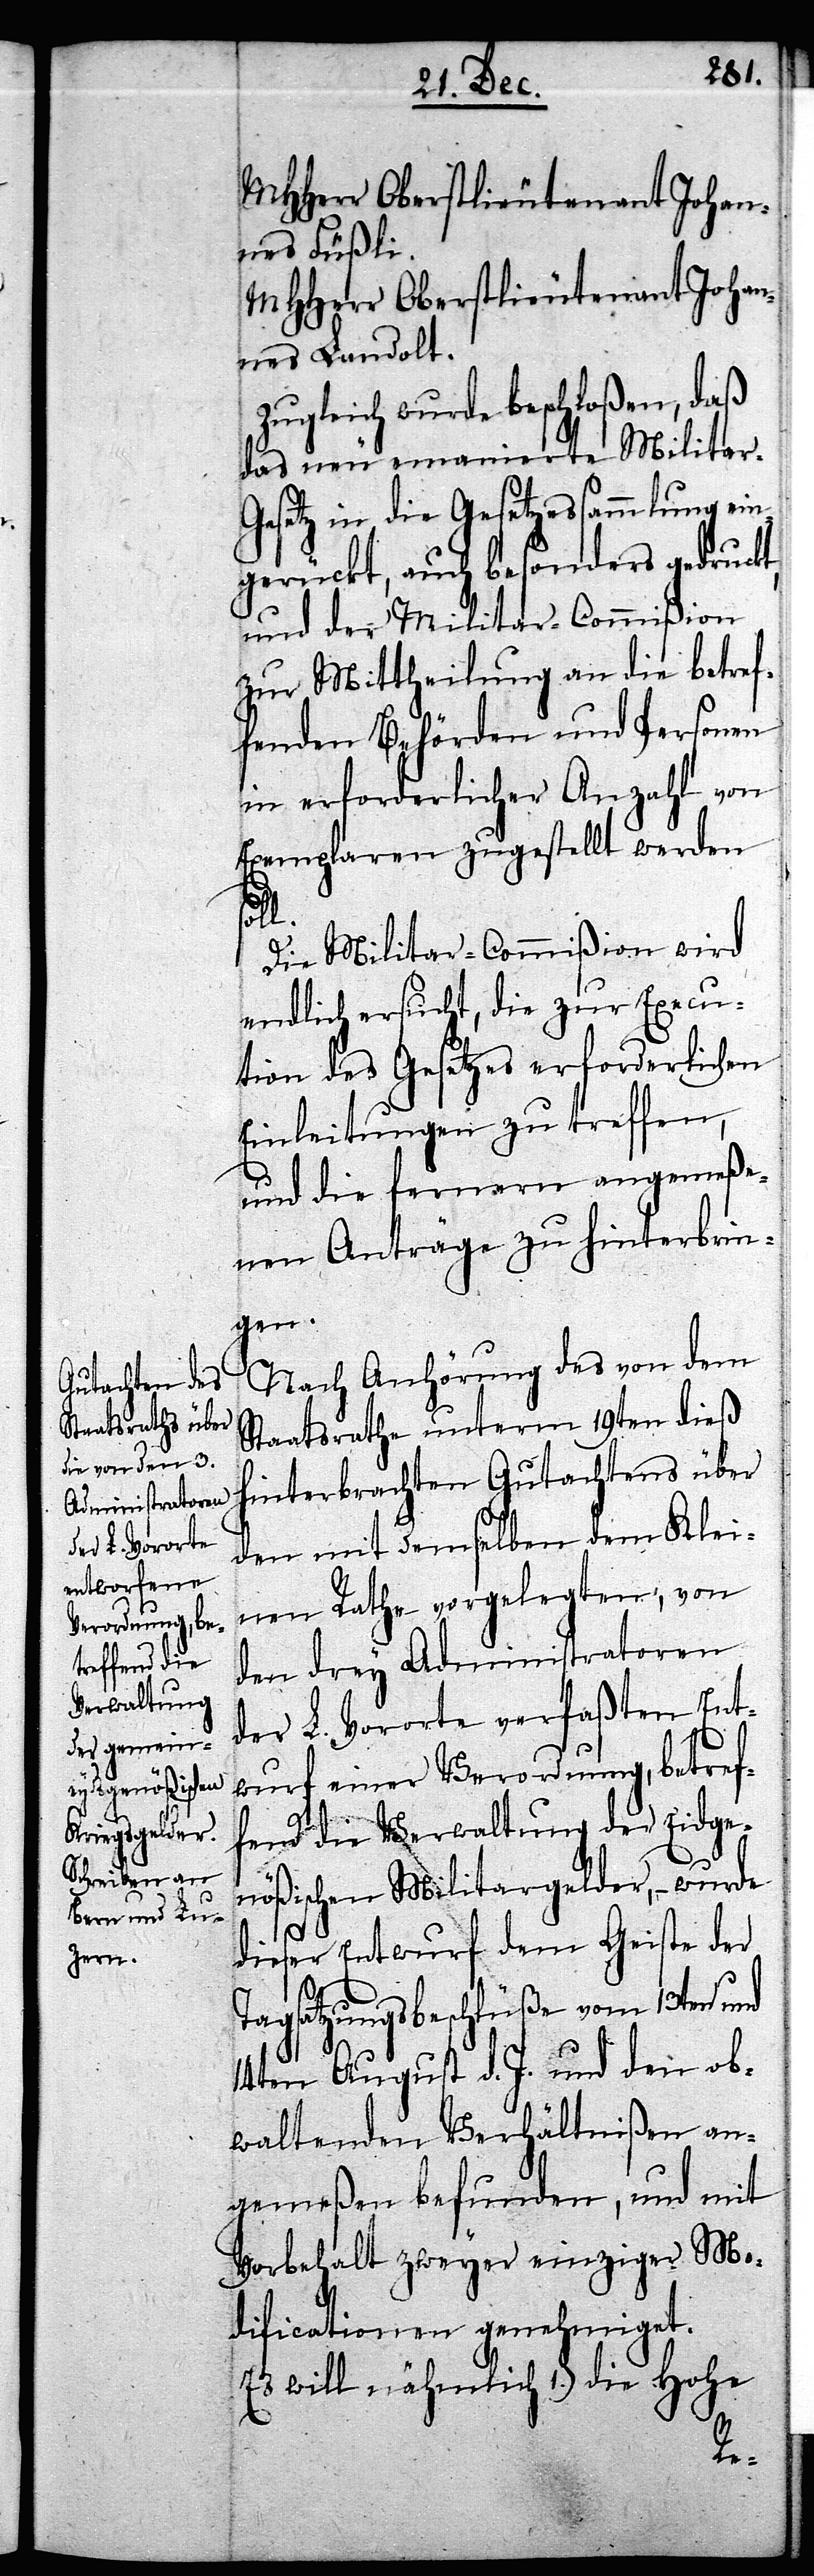
MHHerrn Oberstlieutenant Johan¬
nes Füßli.
nes Landolt.
Zugleich wurde beschloßen, daß
das neu emanierte Militar-G¬
esetz in die Gesetzessammlung ein¬
gerückt, auch besonders gedruckt,
und der Militar-Commißion
zur Mittheilung an die betref¬
fenden Behörden und Personen
in erforderlicher Anzahl von
Exemplaren zugestellt werden
ll.
Die Militar-Commißion wird
endlich ersucht, die zur Execu¬
tion des Gesetzes erforderlichen
Einleitungen zu treffen,
und die fernern angemeße¬
nen Anträge zu hinterbrin¬
gen.
Nach Anhörung des von dem
Staatsrathe unterm 19ten dieß
hinterbrachten Gutachtens über
den mit demselben dem Klei¬
nen Rathe vorgelegtem, von
den drey Administratoren
der L. Vororte verfaßten Ent¬
wurf einer Verordnung, betref¬
fend die Verwaltung der Eydsge¬
nößischen Militargelder, – wurde
dieser Entwurf dem Geiste der
Tagsatzungsbeschlüße vom 13ten und
14ten August d. J. und den ob¬
waltenden Verhältnißen an¬
gemeßen befunden, und mit
Vorbehalt zweyer einziger Mo¬
dificationen genehmigt.
Es will nähmlich 1.) die Hohe